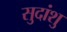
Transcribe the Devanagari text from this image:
सुदांशु